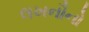
લખનૌનો